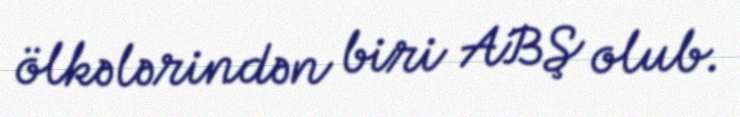
ölkələrindən biri ABŞ olub.